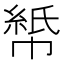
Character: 𫷏